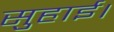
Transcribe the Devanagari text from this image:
सुहाई।